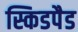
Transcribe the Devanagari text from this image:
स्किडपैड